Annual report of the Imperial Bacteriological Laboratory, Muktesar
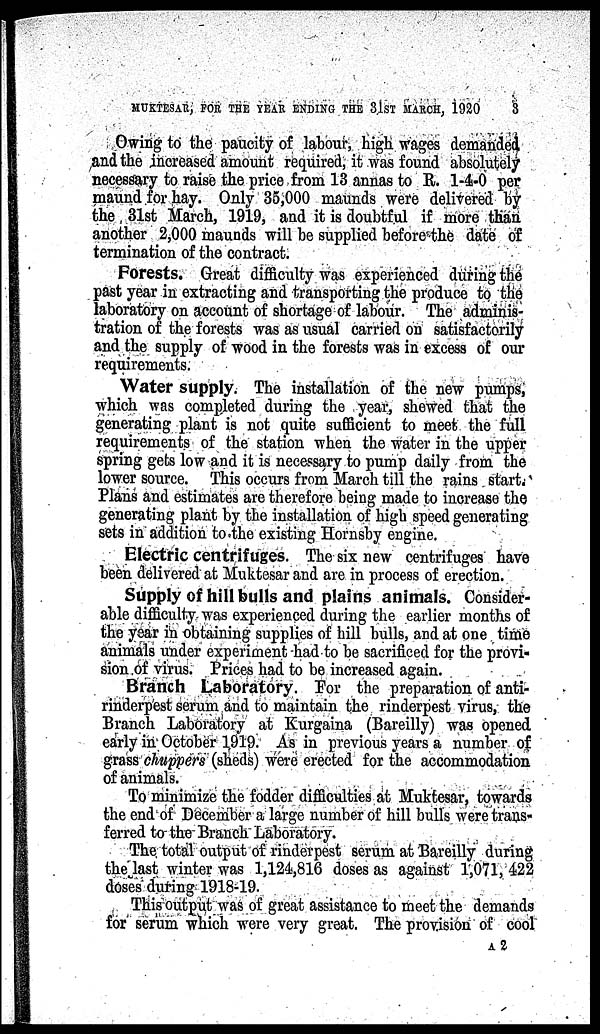
MUKTESAR, FOR THE YEAR ENDING THE 31ST MARCH, 1920
3
Owing to the paucity of labour, high wages demanded
and the increased amount required, it was found absolutely
necessary to raise the price from 13 annas to R. 1-4-0 per
maund for hay. Only 35,000 maunds were delivered by
the 31st March, 1919, and it is doubtful if more than
another 2,000 maunds will be supplied before the date of
termination of the contract.
Forests. Great difficulty was experienced during the
past year in extracting and transporting the produce to the
laboratory on account of shortage of labour. The adminis-
tration of the forests was as usual carried on satisfactorily
and the supply of wood in the forests was in excess of our
requirements.
Water supply. The installation of the new pumps,
which was completed during the year, shewed that the
generating plant is not quite sufficient to meet the full
requirements of the station when the water in the upper
spring gets low and it is necessary to pump daily from the
lower source. This occurs from March till the rains start.
Plans and estimates are therefore being made to increase the
generating plant by the installation of high speed generating
sets in addition to the existing Hornsby engine.
Electric centrifuges. The six new centrifuges have
been delivered at Muktesar and are in process of erection.
Supply of hill bulls and plains animals. Consider-
able difficulty was experienced during the earlier months of
the year in obtaining supplies of hill bulls, and at one time
animals under experiment had to be sacrificed for the provi-
sion of virus. Prices had to be increased again.
Branch Laboratory. For the preparation of anti-
rinderpest serum and to maintain the rinderpest virus, the
Branch Laboratory at Kurgaina (Bareilly) was opened
early in October 1919. As in previous years a number of
grass chuppers (sheds) were erected for the accommodation
of animals.
To minimize the fodder difficulties at Muktesar, towards
the end of December a large number of hill bulls were trans-
ferred to-the-Branch Laboratory.
The total output of rinderpest serum at Bareilly during
the last winter was 1,124,816 doses as against 1,071, 422
doses during 1918-19.
This output was of great assistance to meet the demands
for serum which were very great. The provision of cool
A 2